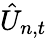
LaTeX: \hat{U}_{n,t}